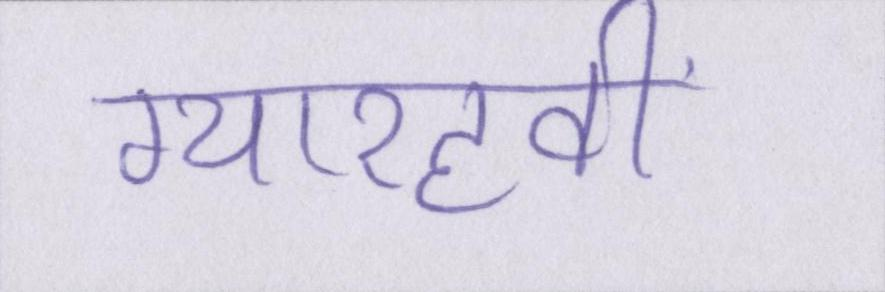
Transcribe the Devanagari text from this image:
ग्यारहवीं